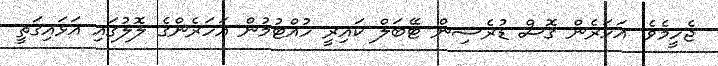
ޖެހީމެވެ. އަހަރެން ގޮސް ޑުރެސިން ޓޭބަލް ކައިރީ ހުއްޓުމުން އަހަރެންގެ ލޮލުގައި އަޅައިގަތީ